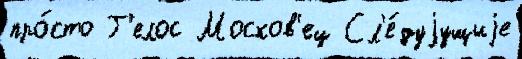
про́сто Г'елос Москов'ец Сл'е́дуjущиjе